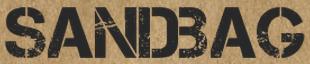
SANDBAG